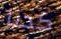
كدنا